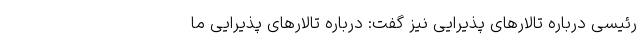
رئیسی درباره تالارهای پذیرایی نیز گفت: درباره تالارهای پذیرایی ما